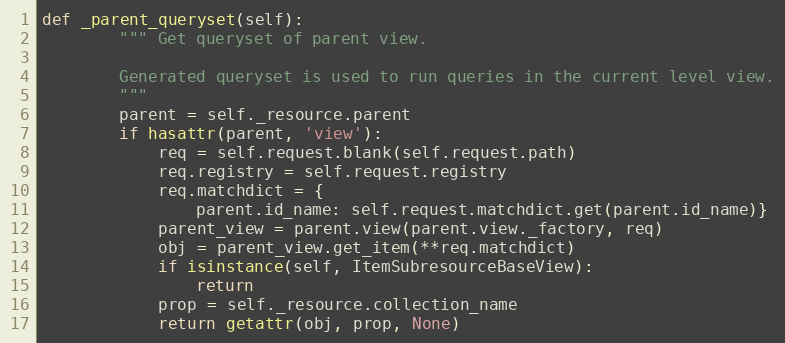
Language: Python
def _parent_queryset(self):
        """ Get queryset of parent view.

        Generated queryset is used to run queries in the current level view.
        """
        parent = self._resource.parent
        if hasattr(parent, 'view'):
            req = self.request.blank(self.request.path)
            req.registry = self.request.registry
            req.matchdict = {
                parent.id_name: self.request.matchdict.get(parent.id_name)}
            parent_view = parent.view(parent.view._factory, req)
            obj = parent_view.get_item(**req.matchdict)
            if isinstance(self, ItemSubresourceBaseView):
                return
            prop = self._resource.collection_name
            return getattr(obj, prop, None)